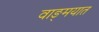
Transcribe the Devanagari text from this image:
वाङ्‍मयात